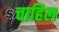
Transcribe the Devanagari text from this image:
चाहिल